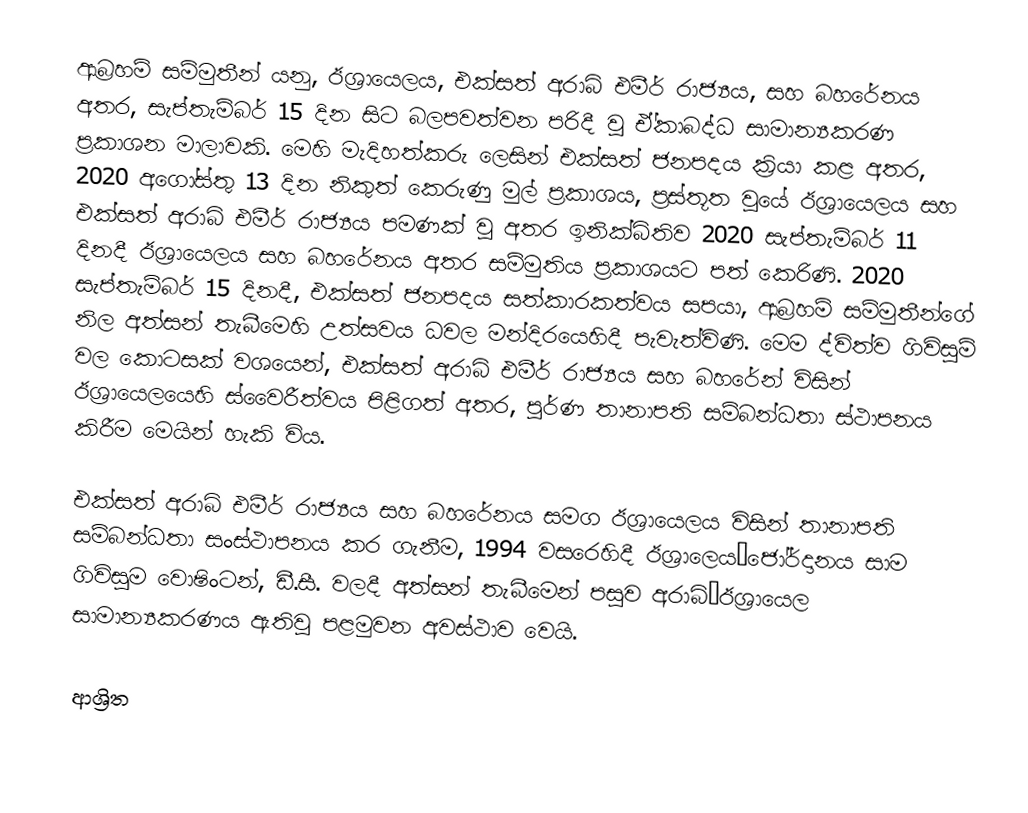
ආබ්‍රහම් සම්මුතීන් යනු, ඊශ්‍රායෙලය, එක්සත් අරාබි එමීර් රාජ්‍යය, සහ බහරේනය අතර, සැප්තැම්බර් 15 දින සිට බලපවත්වන පරිදී වූ ඒ්කාබද්ධ සාමාන්‍යකරණ ප්‍රකාශන මාලාවකි. මෙහි මැදිහත්කරු ලෙසින් එක්සත් ජනපදය ක්‍රියා කළ අතර,  2020 අගෝස්තු 13 දින නිකුත් කෙරුණු මුල් ප්‍රකාශය, ප්‍රස්තූත වූයේ ඊශ්‍රායෙලය සහ එක්සත් අරාබි එමීර් රාජ්‍යය පමණක් වූ අතර  ඉනික්බිතිව 2020 සැප්තැම්බර් 11 දිනදී ඊශ්‍රායෙලය සහ බහරේනය  අතර සම්මුතිය ප්‍රකාශයට පත් කෙරිණි. 2020 සැප්තැම්බර් 15 දිනදී, එක්සත් ජනපදය සත්කාරකත්වය සපයා, ආබ්‍රහම් සම්මුතීන්ගේ නිල අත්සන් තැබීමෙහි උත්සවය  ධවල මන්දිරයෙහිදී පැවැත්විණි. මෙම ද්විත්ව ගිවිසුම් වල කොටසක් වශයෙන්, එක්සත් අරාබි එමීර් රාජ්‍යය සහ බහරේන් විසින් ඊශ්‍රායෙලයෙහි ස්වෛරීත්වය පිළිගත් අතර, පූර්ණ තානාපති සම්බන්ධතා ස්ථාපනය කිරීම මෙයින් හැකි විය.

එක්සත් අරාබි එමීර් රාජ්‍යය සහ බහරේනය සමග ඊශ්‍රායෙලය විසින් තානාපති සම්බන්ධතා සංස්ථාපනය කර ගැනීම,  1994 වසරෙහිදී ඊශ්‍රාලෙය–ජෝර්දානය සාම ගිවිසුම වොෂිංටන්, ඩී.සී. වලදී අත්සන් තැබීමෙන් පසුව අරාබි–ඊශ්‍රායෙල සාමාන්‍යකරණය ඇතිවූ පළමුවන අවස්ථාව වෙයි.

ආශ්‍රිත